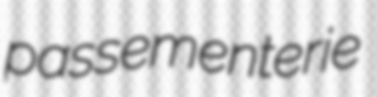
passementerie